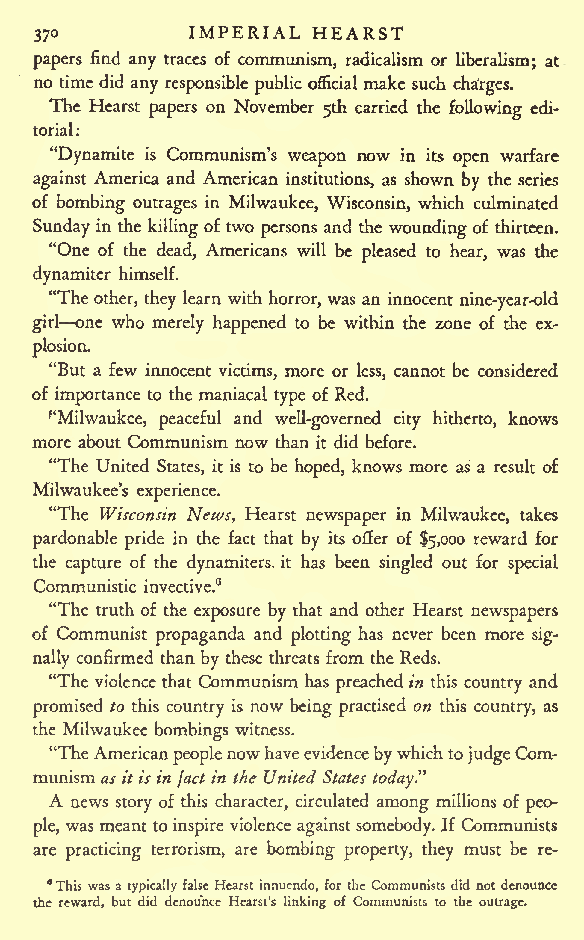
IMPERIAL HEARST
 370
 papers find any traces of communism, radicalism or liberalism; at
 no time did any responsible public official make such cha'rges.
 The Hearst papers on November 5th carried the following edi-
 torial:
 "Dynamite is Communism's weapon now in its open warfare
 against America and American institutions, as shown by the series
 of bombing outrages in Milwaukee, Wisconsin, which culminated
 Sunday in the killingof two persons and the woundingof thirteen.
 "One of the dead, Americans will be pleased to hear, was the
 dynamiter himself.
 "The other, they learn with horror, was an innocent nine-year-old
 girl one who merely happened to be within the zone of the ex-
 plosion.
 "But a few innocent victims, more or less, cannot be considered
 of importance to the maniacal type of Red.
 ''Milwaukee, peaceful and well-governed city hitherto, knows
 more about Communism now than it did before.
 "The United States, it is to be hoped, knows more as a result of
 Milwaukee's
 experience.
 "The Wisconsin 'News, Hearst newspaper in Milwaukee, takes
 pardonable pride in the fact that by its offer of $5,000 reward for
 the capture of the dynamiters, it has been singled out for special
 Communistic invective.6
 "The truth of the exposure by that and other Hearst newspapers
 of Communist propaganda and plotting has never been more sig-
 nally confirmed than by these threats from the Reds.
 "The violence that Communism has preachedin this country and
 promised to this country is now being practised on this country, as
 the Milwaukee bombings witness.
 "TheAmerican peoplenowhaveevidencebywhichtojudgeCom-
 munismas itisin factin the United States today"
 A news story of this character, circulated among millions of peo-
 ple,
 was meant toinspire violence againstsomebody.Jf Communists
 are practicing terrorism, are bombing property, they must be re-
 "This wasa typicallyfalse Hearst innuendo, for the Communists did notdenounce
 the reward, but did denounce Hearst's linking of Communists to the outrage.